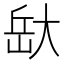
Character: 𭖯